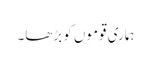
ہماری قوموں کو بڑھا۔